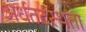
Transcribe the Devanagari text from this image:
अर्धतटस्थता